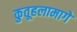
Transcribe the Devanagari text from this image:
कुतूहलामागे